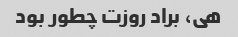
هی، براد روزت چطور بود